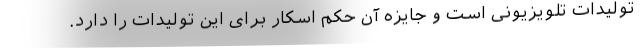
تولیدات تلویزیونی است و جایزه آن حکم اسکار برای این تولیدات را دارد.